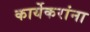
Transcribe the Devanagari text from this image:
कार्येकरांना